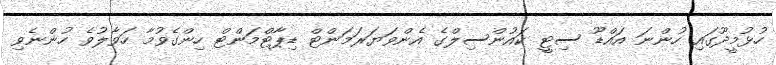
ހުޅުމީދޫގައި ހުންނަ އައްޑޫ ސިޓީ ކައުންސިލްގެ އެންވަޔަރަމަންޓް ޑިޕާޓްމަންޓް ހިންގެވުމާ ހަވާލުވެ ހުންނެވި